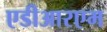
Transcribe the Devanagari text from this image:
एडीआरएम